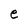
Character: e